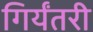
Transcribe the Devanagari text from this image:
गिर्यंतरी